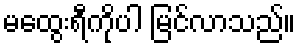
မထွေးရီကိုပါ မြင်လာသည်။